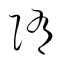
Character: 隋